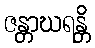
ဇန္တာဃရန္တိ